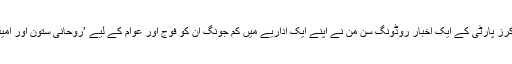
حکمران جماعت ورکرز پارٹی کے ایک اخبار روڈونگ سِن مُن نے اپنے ایک اداریے میں کِم جونگ اُن کو فوج اور عوام کے لیے ’روحانی ستون اور امید کا مینارہء نور‘ دیا۔